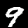
Label: 9